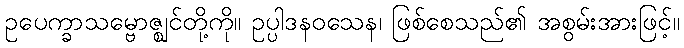
ဥပေက္ခာသမ္ဗောဇ္ဈင်တို့ကို။ ဥပ္ပါဒနဝသေန၊ ဖြစ်စေသည်၏ အစွမ်းအားဖြင့်။